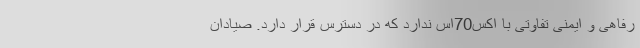
رفاهی و ایمنی تفاوتی با اکس70اس ندارد که در دسترس قرار دارد. صیادان